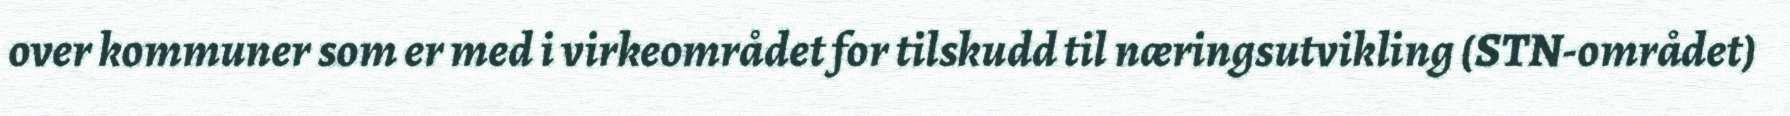
over kommuner som er med i virkeområdet for tilskudd til næringsutvikling (STN-området)